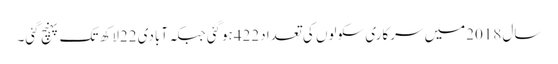
سال 2018میں سرکاری سکولوں کی تعدا د422ہوگئی جبکہ آبادی 22لاکھ تک پہنچ گئی۔